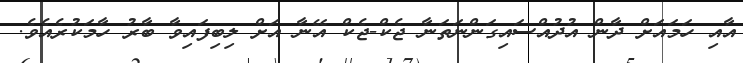
އާއި ހަމައަށް ދާން އުދުއްސައިގަންނަތަނާ ޖެކް-ޖެކް އޭނާ އަށް ލިބިފައިވާ ބާރު ހާމަކުރެއެވެ.